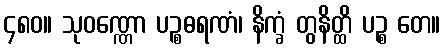
၄၈၀။ သုဝဏ္ဏော ပဉ္စဓရဏံ၊ နိက္ခံ တွနိတ္ထိ ပဉ္စ တေ။